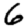
Digit: 6